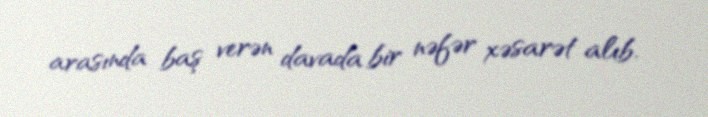
arasında baş verən davada bir nəfər xəsarət alıb.